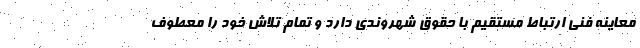
معاینه فنی ارتباط مستقیم با حقوق شهروندی دارد و تمام تلاش خود را معطوف